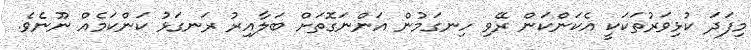
މިފަދަ ކުޅިވަރުތަކަކީ އެކަންކަން ރޭވި ހިނގަމުން އަންނަގޮތަށް ބަލާއިރު ރަނގަޅު ކަންކަމެއް ނޫނެވެ.